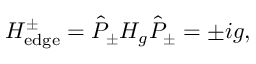
H _ { \mathrm { e d g e } } ^ { \pm } = \hat { P } _ { \pm } H _ { g } \hat { P } _ { \pm } = \pm i g ,